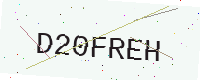
Text: D20FREH